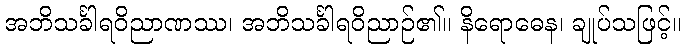
အဘိသင်္ခါရဝိညာဏဿ၊ အဘိသင်္ခါရဝိညာဉ်၏။ နိရောဓေန၊ ချုပ်သဖြင့်။